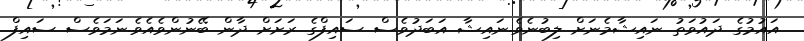
އައުމުގެ ދައުވަތު ނައިޝާމެނަށް ލިބުނެވެ.ނައިޝާ އަަބަދުވެސް ސައިފްގެ ރަށަށް ދާން ބޭނުންވެއެވެ.ނަމަވެސް ސައިފް